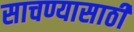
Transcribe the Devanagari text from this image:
साचण्यासाठी